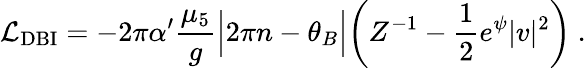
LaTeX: {\cal L}_{\mathrm{DBI}}=-2\pi\alpha^{\prime}\frac{\mu_{5}}{g}\Bigl|2\pi n-\theta_{B}\Bigr|\biggl(Z^{-1}-\frac{1}{2}e^{\psi}|v|^{2}\biggr)\ .